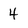
Character: 4